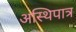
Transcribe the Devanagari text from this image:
अस्थिपात्र